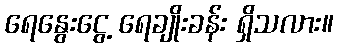
ရေနွေးငွေ့ ရေချိုးခန်း ရှိသလား။